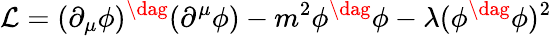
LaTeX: {\cal L}=(\partial_{\mu}\phi)^{\dag}(\partial^{\mu}\phi)-m^{2}\phi^{\dag}\phi-\lambda(\phi^{\dag}\phi)^{2}